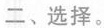
二、选择。